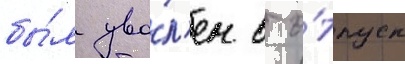
бы́л уво́л'ен в о́тпуск